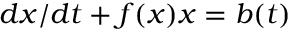
d x / d t + f ( x ) x = b ( t )